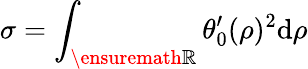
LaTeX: \sigma=\int_{\ensuremath{\mathbb{R}}}\theta_{0}^{\prime}(\rho)^{2}\mathrm{d}\rho